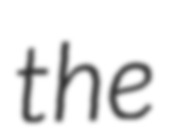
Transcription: the